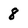
Character: 8